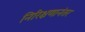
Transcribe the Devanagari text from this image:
निरिक्षणानंतर